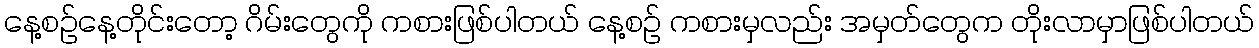
နေ့စဉ်နေ့တိုင်းတော့ ဂိမ်းတွေကို ကစားဖြစ်ပါတယ် နေ့စဉ် ကစားမှလည်း အမှတ်တွေက တိုးလာမှာဖြစ်ပါတယ်